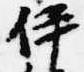
伊